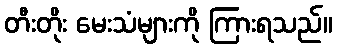
တီးတိုး မေးသံများကို ကြားရသည်။